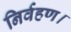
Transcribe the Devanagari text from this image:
निर्वहण।